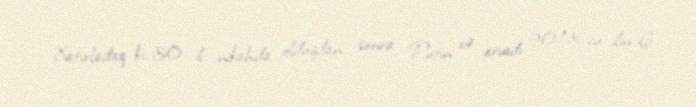
Xatırladaq ki, 30 il nikahda olduqdan sonra Putin və arvadı 2013-cü ilin 6